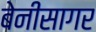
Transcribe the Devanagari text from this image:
बेनीसागर